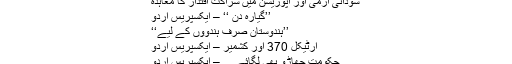
حامد میر نے نیا پنڈورا باکس کھول دیا
سوڈانی آرمی اور اپوزیشن میں شراکت اقتدار کا معاہدہ
’’گیارہ دن ‘‘ – ایکسپریس اردو
’’ہندوستان صرف ہندوؤں کے لیے‘‘
آرٹیکل 370 اور کشمیر – ایکسپریس اردو
حکومت جھاڑو بھی لگائے… – ایکسپریس اردو
صرف ایک بارش!